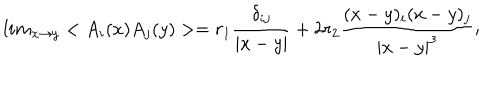
LaTeX: l i m _ { x \rightarrow y } < A _ { i } ( x ) A _ { j } ( y ) > = r _ { 1 } \frac { \delta _ { i j } } { | x - y | } + 2 r _ { 2 } \frac { ( x - y ) _ { i } ( x - y ) _ { j } } { | x - y | ^ { 3 } } ;